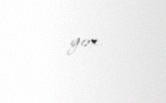
yox.